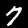
Label: 7